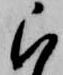
被